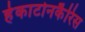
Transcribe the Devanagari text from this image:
हेकाटोनकैरिस